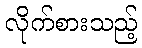
လိုက်စားသည့်